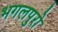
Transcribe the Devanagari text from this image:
भगलपुरो